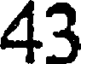
43